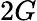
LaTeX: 2G